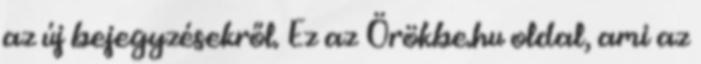
az új bejegyzésekről. Ez az Örökbe.hu oldal, ami az